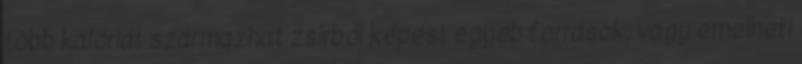
több kalóriát származhat zsírból képest egyéb források, vagy emelheti